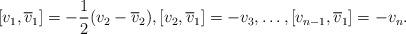
LaTeX: \begin{align*}[v_1, {\overline v}_1]=-\frac12(v_2-{\overline v}_2),[v_2, {\overline v}_1]=-v_3, \dots, [v_{n-1}, {\overline v}_1]=-v_n.\end{align*}